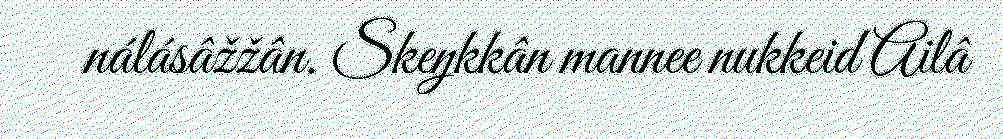
nálásâžžân. Skeŋkkân mannee nukkeid Ailâ